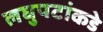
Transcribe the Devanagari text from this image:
लघुपटांकडे